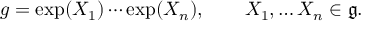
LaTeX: g = \exp ( X _ { 1 } ) \cdots \exp ( X _ { n } ) , \qquad X _ { 1 } , \ldots X _ { n } \in { \mathfrak { g } } .